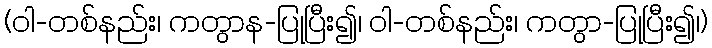
(ဝါ-တစ်နည်း၊ ကတွာန-ပြုပြီး၍၊ ဝါ-တစ်နည်း၊ ကတွာ-ပြုပြီး၍၊)